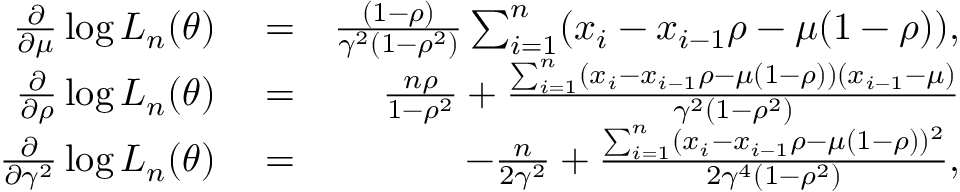
\begin{array} { r l r } { \frac { \partial } { \partial \mu } \log L _ { n } ( \theta ) } & { { } = } & { \frac { ( 1 - \rho ) } { \gamma ^ { 2 } ( 1 - \rho ^ { 2 } ) } \sum _ { i = 1 } ^ { n } ( x _ { i } - x _ { i - 1 } \rho - \mu ( 1 - \rho ) ) , } \\ { \frac { \partial } { \partial \rho } \log L _ { n } ( \theta ) } & { { } = } & { \frac { n \rho } { 1 - \rho ^ { 2 } } + \frac { \sum _ { i = 1 } ^ { n } ( x _ { i } - x _ { i - 1 } \rho - \mu ( 1 - \rho ) ) ( x _ { i - 1 } - \mu ) } { \gamma ^ { 2 } ( 1 - \rho ^ { 2 } ) } } \\ { \frac { \partial } { \partial \gamma ^ { 2 } } \log L _ { n } ( \theta ) } & { { } = } & { - \frac { n } { 2 \gamma ^ { 2 } } + \frac { \sum _ { i = 1 } ^ { n } ( x _ { i } - x _ { i - 1 } \rho - \mu ( 1 - \rho ) ) ^ { 2 } } { 2 \gamma ^ { 4 } ( 1 - \rho ^ { 2 } ) } , } \end{array}